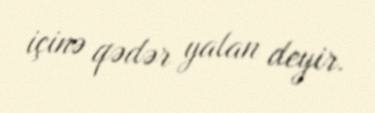
içinə qədər yalan deyir.